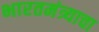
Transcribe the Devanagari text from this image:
भारतमंत्र्याचा